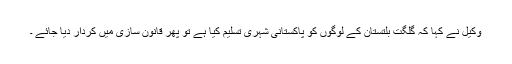
وکیل نے کہا کہ گلگت بلتستان کے لوگوں کو پاکستانی شہری تسلیم کیا ہے تو پھر قانون سازی میں کردار دیا جائے ۔